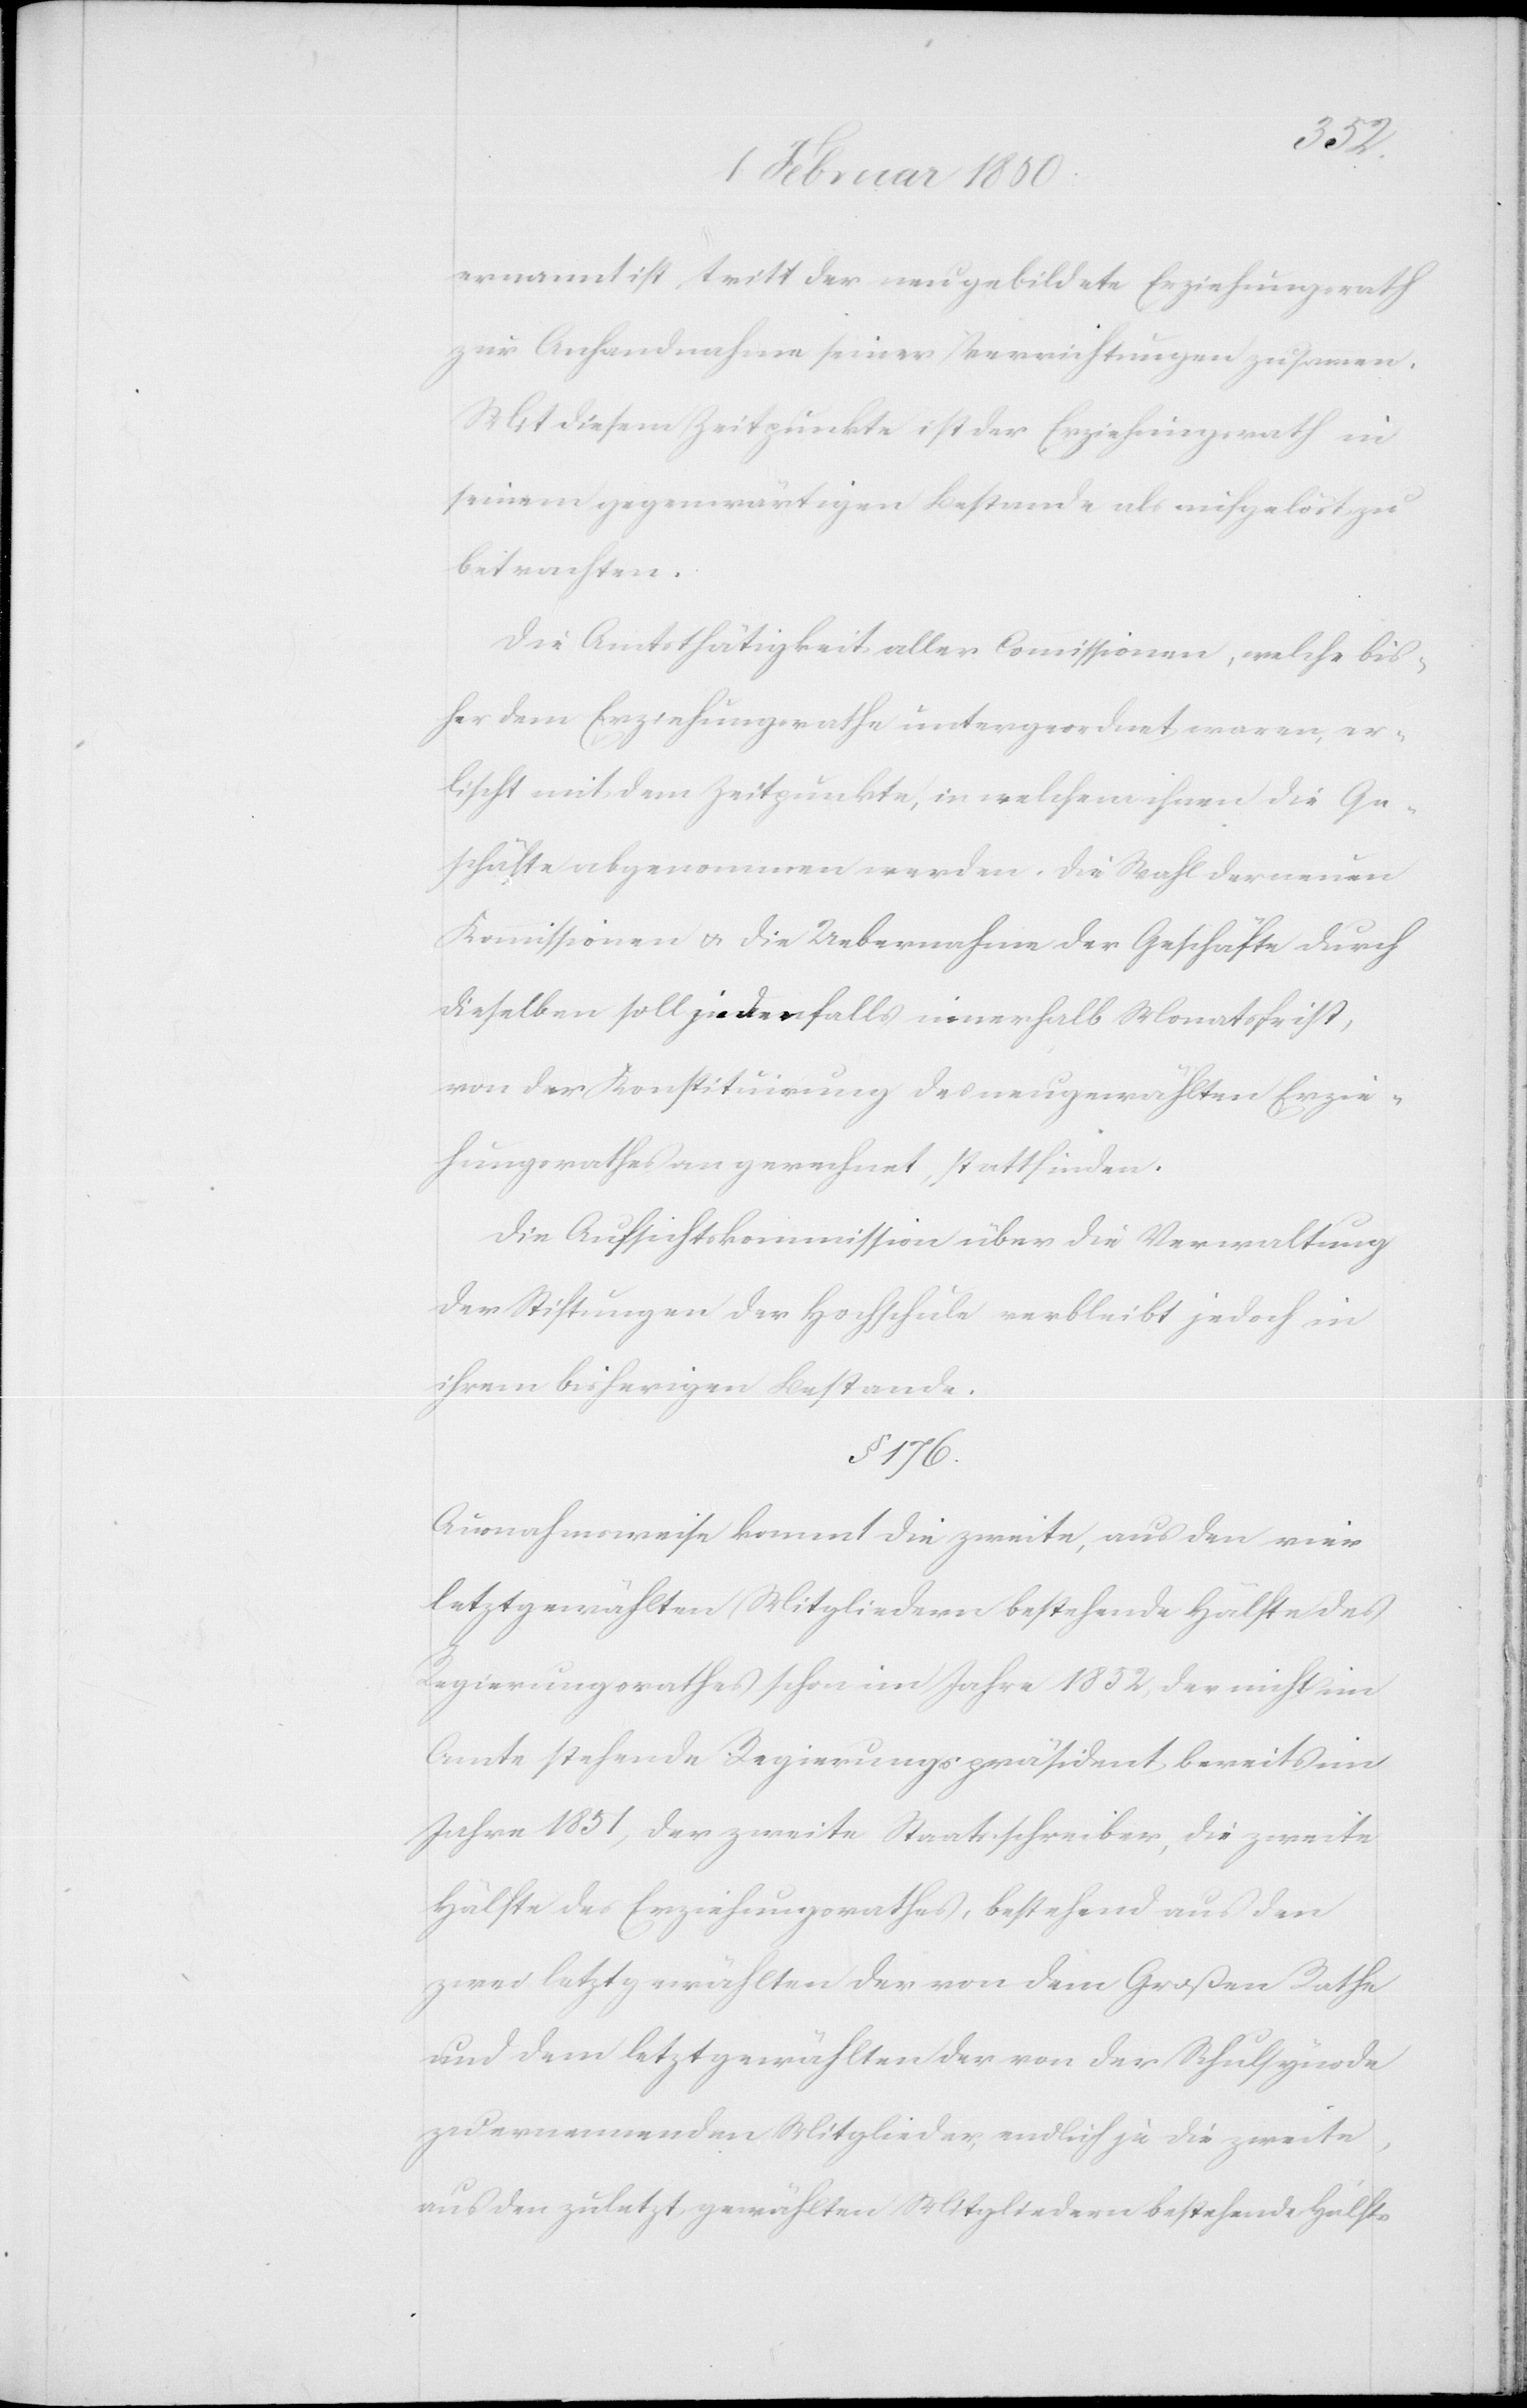
ernannt ist, tritt der neugebildete Erziehungsrath
zur Anhandnahme seiner Verrichtungen zusammen.
Mit diesem Zeitpunkte ist der Erziehungsrath in
seinem gegenwärtigen Bestande als aufgelöst zu
betrachten.
Die Amtsthätigkeit aller Commissionen, welche bis¬
her dem Erziehungsrathe untergeordnet waren, er¬
lischt mit dem Zeitpunkte, in welchem ihnen die Ge¬
schäfte abgenommen werden. Die Wahl der neuen
Kommissionen u. die Uebernahme der Geschäfte durch
dieselben soll jedenfalls innerhalb Monatsfrist,
von der Konstituirung des neugewählten Erzie¬
hungsrathes an gerechnet, stattfinden.
Die Aufsichtskommission über die Verwaltung
der Stiftungen der Hochschule verbleibt jedoch in
ihrem bisherigen Bestande.
§. 176.
Ausnahmsweise kommt die zweite, aus den vier
letztgewählten Mitgliedern bestehende Hälfte des
Regierungsrathes schon im Jahre 1852, der nicht im
Amte stehende Regierungspräsident bereits im
Jahre 1851, der zweite Staatsschreiber, die zweite
Hälfte des Erziehungsrathes, bestehend aus den
zwei letztgewählten der von dem Großen Rathe
und dem letztgewählten der von der Schulsynode
zu ernennenden Mitglieder, endlich je die zweite,
aus den zuletzt gewählten Mitgliedern bestehende Hälfte